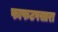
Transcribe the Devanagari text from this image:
फाफटपसारा